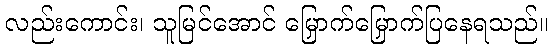
လည်းကောင်း၊ သူမြင်အောင် မြှောက်မြှောက်ပြနေရသည်။